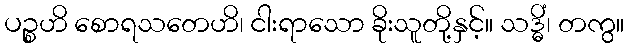
ပဉ္စဟိ စောရသတေဟိ၊ ငါးရာသော ခိုးသူတို့နှင့်။ သဒ္ဓိံ၊ တကွ။